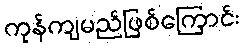
ကုန်ကျမည်ဖြစ်ကြောင်း